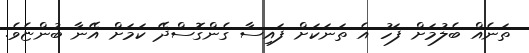
ތަނެއް ބެލުމަށް ފަހު އެ ތަނަކަށް ފައިސާ ގެންގޮސްދޭ ކަމަށް އޭނާ ބުންޏެވެ.